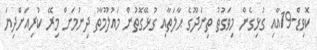
ކޮވިޑް-19އާއި ގުޅިގެން މިވަގުތު ތިނަދޫގެ ޙާލަތާއި ގުޅޭގޮތުން މައުލޫމާތު ދިނުމަށް މިރޭ ކުރިއަށްދިޔަ